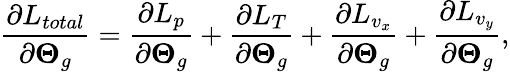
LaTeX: \frac{\partial L_{total}}{\partial\boldsymbol{\Theta}_{g}}=\frac{\partial L_{p}}{\partial\boldsymbol{\Theta}_{g}}+\frac{\partial L_{T}}{\partial\boldsymbol{\Theta}_{g}}+\frac{\partial L_{v_{x}}}{\partial\boldsymbol{\Theta}_{g}}+\frac{\partial L_{v_{y}}}{\partial\boldsymbol{\Theta}_{g}},